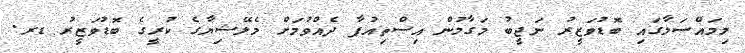
މިމައްސަލާގައި ބޮޑުވަޒީރު ނަޖީބު މަގާމުން އިސްތިއުފާ ދެއްވުމަށް މެލޭޝިޔާގެ ކުރީގެ ބޮޑުވަޒީރު ޑރ.